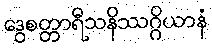
ဒွေစတ္တာရီသနိဿဂ္ဂိယာနံ